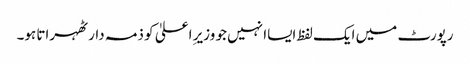
رپورٹ میں ایک لفظ ایساا نہیں جو وزیرِ اعلیٰ کو ذمہ دار ٹھہراتا ہو۔